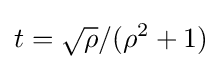
t={\sqrt {\rho }}/(\rho ^{2}+1)